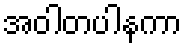
အဝါတပါနကာ